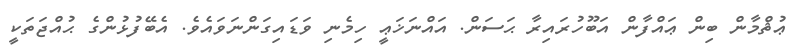
ޢުޘްމާން ބިން ޢައްފާން އަބޫހުރައިރާ ޙަސަން. އައްނަޚަޢީ ހިމެނި ވަޑައިގަންނަވައެވެ. އެބޭފުޅުންގެ ޙުއްޖަތަކީ